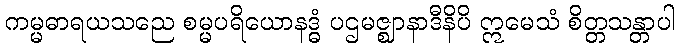
ကမ္မဓာရယသညေ စမ္မပရိယောနဒ္ဓံ ပဌမဇ္ဈာနာဒီနိပိ ဣမေသံ စိတ္တသန္တာပါ